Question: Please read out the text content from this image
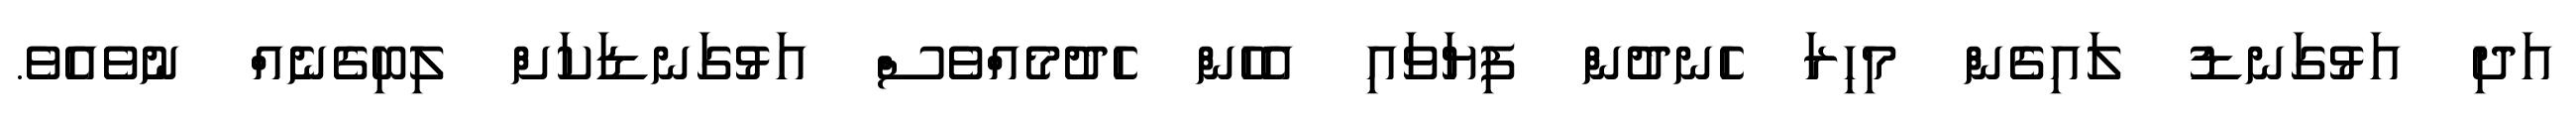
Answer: އަދި އަޅުގަނޑު ލައިގެން މިހިރަ ހެނދުން ފިޔަވައި އެހެން ހެދުމެއްވެސް އަޅުގަނޑަކަށް ލިބިގެނެއް ނުވެއެވެ.